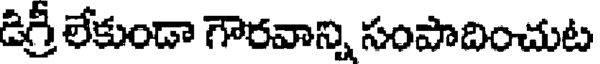
డిగ్రీ లేకుండా గౌరవాన్ని సంపాదించుట